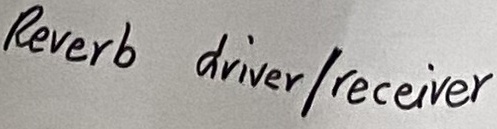
Text: Reverb driver/receiver